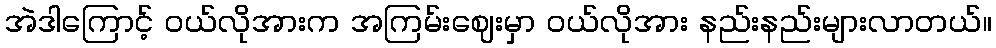
အဲဒါကြောင့် ဝယ်လိုအားက အကြမ်းဈေးမှာ ဝယ်လိုအား နည်းနည်းများလာတယ်။